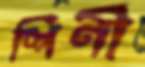
শির্ণী